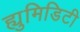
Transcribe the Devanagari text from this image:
ह्युमिडिटी